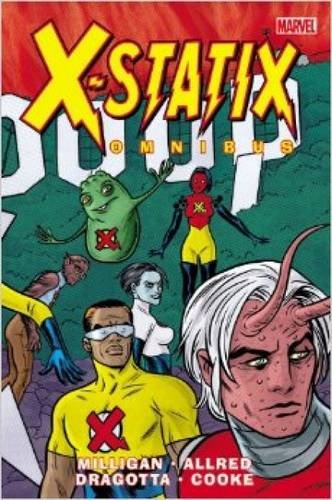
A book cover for X-Statix Omnibus; Peter Milligan; Comics & Graphic Novels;